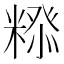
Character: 𮇲